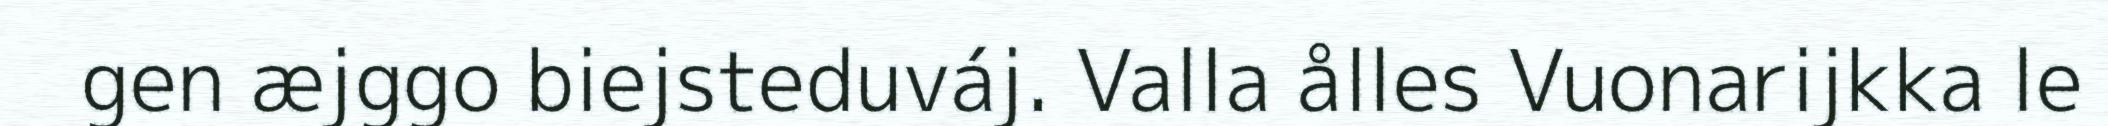
gen æjggo biejsteduváj. Valla ålles Vuonarijkka le